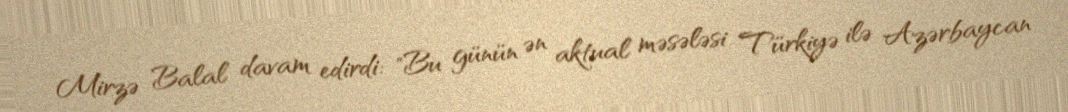
Mirzə Balal davam edirdi: "Bu günün ən aktual məsələsi Türkiyə ilə Azərbaycan